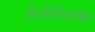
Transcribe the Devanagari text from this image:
कैपोबियांको